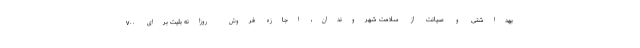
بهداشتی و صیانت از سلامت شهروندان، اجازه فروش روزانه بلیت برای ۷۰۰